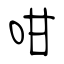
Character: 咁